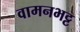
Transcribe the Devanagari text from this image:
वामनभट्ट